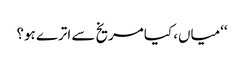
‘‘میاں، کیا مریخ سے اترے ہو؟